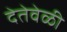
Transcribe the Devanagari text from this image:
देतेवेळी